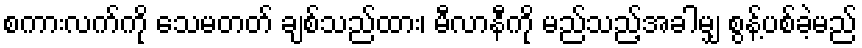
စကားလက်ကို သေမတတ် ချစ်သည်ထား၊ မီလာနီကို မည်သည့်အခါမျှ စွန့်ပစ်ခဲ့မည်